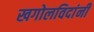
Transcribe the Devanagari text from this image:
खगोलविदांनी